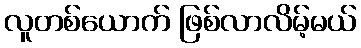
လူတစ်ယောက် ဖြစ်လာလိမ့်မယ်